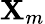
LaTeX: \mathbf{X}_{m}